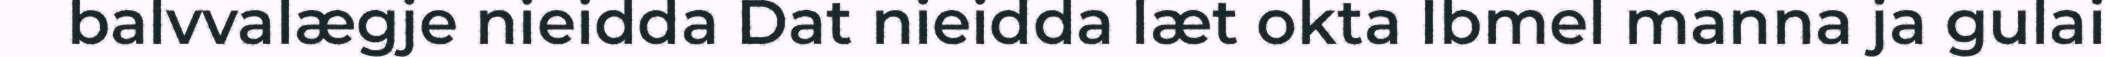
balvvalægje nieidda Dat nieidda læt okta Ibmel manna ja gulai